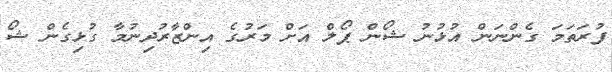
ފުރަތަމަ ގެންނަން އުޅުނު ޝޯން ޕޯލް އަށް މަރުގެ އިންޒާރުދިނުމާ ގުޅިގެން ޝޯ